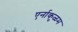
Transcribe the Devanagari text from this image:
एर्नाकुळम